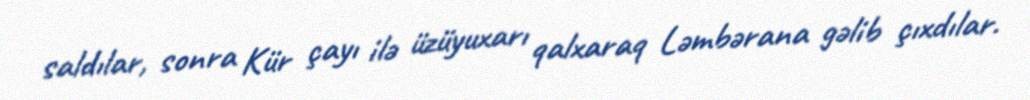
saldılar, sonra Kür çayı ilə üzüyuxarı qalxaraq Ləmbərana gəlib çıxdılar.